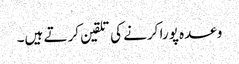
وعدہ پورا کرنے کی تلقین کرتے ہیں۔